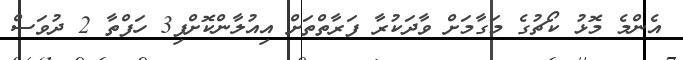
އެންމެ މޮޅު ކޯޗުގެ މަގާމަށް ވާދަކުރާ ފަރާތްތަށް އިއުލާންކޮށްފި3 ހަފްތާ 2 ދުވަސް